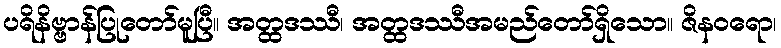
ပရိနိဗ္ဗာန်ပြုတော်မူပြီ။ အတ္ထဒဿီ၊ အတ္ထဒဿီအမည်တော်ရှိသော။ ဇိနဝရော၊